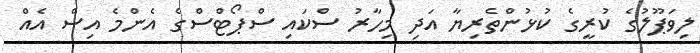
ލިވަޕޫލުގެ ކުރީގެ ކުޅުންތެރިޔާ އަދި މިހާރު ސްކައި ސްޕޯޓްސްގެ އެންމެ އިސް އެއް